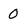
Character: 0